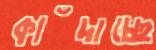
কাঁদাচ্ছে